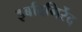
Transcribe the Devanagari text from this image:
इर्बादगिर्रेद